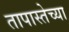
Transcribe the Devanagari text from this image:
तापास्तेच्या